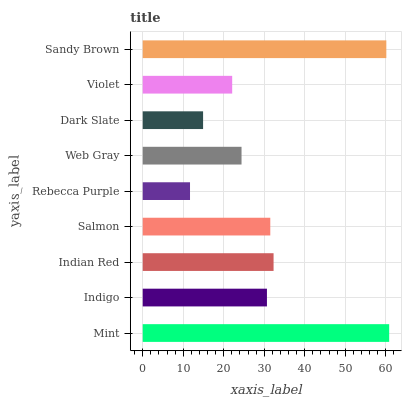
| yaxis_label | bars |
 | --- | --- |
 | Mint | 60.8 |
 | Indigo | 30.7 |
 | Indian Red | 32.3 |
 | Salmon | 31.5 |
 | Rebecca Purple | 11.7 |
 | Web Gray | 24.4 |
 | Dark Slate | 14.9 |
 | Violet | 22.1 |
 | Sandy Brown | 60.1 |